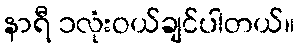
နာရီ ၁လုံးဝယ်ချင်ပါတယ်။